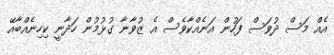
އެއް މަަސް ދުވަސް ފަހުން އަނެއްކާވެސް އެ ޒުވާނާ ގުޅުމުން ހަދާނީ ކިހިނެއްބާއޭ